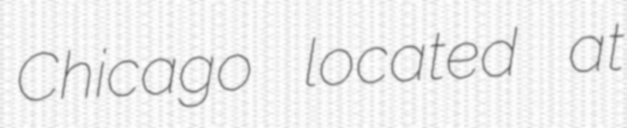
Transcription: Chicago located at